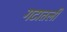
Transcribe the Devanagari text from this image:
गटातली